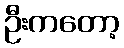
ဦးကတော့